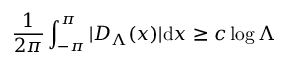
\frac { 1 } { 2 \pi } \int _ { - \pi } ^ { \pi } | D _ { \Lambda } ( x ) | \mathrm { d } x \ge c \log \Lambda